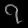
Digit: ၇